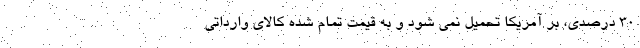
30 درصدی، بر آمریکا تحمیل نمی شود و به قیمت تمام شده کالای وارداتی